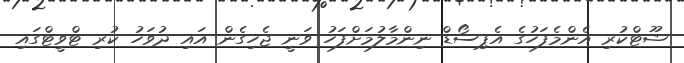
ޝޫޓްކުރި އެންމެފަހުގެ އެޕިސޯޑް ނިންމާލުމަށްފަހު ވަނީ ޖެހިގެން އައި ދުވަހު ކުރި ޓްވީޓްގައި